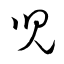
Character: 兒